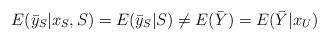
LaTeX: \begin{align*}E(\bar{y}_S | x_S, S) = E(\bar{y}_S | S) \neq E(\bar{Y}) = E(\bar{Y} | x_U)\end{align*}